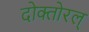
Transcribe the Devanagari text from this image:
दोक्तोरल्